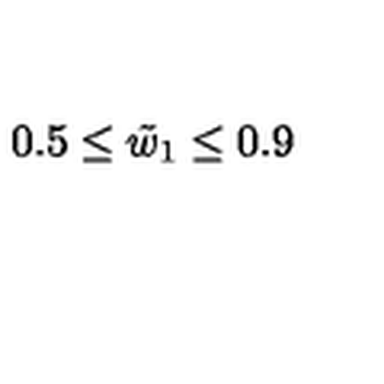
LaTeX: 0 . 5 \le \tilde { w } _ { 1 } \le 0 . 9